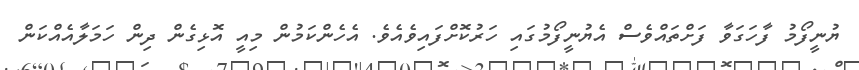
ޔުނީފޯމު ފާހަގަވާ ފަށްތައްވެސް އެޔުނީފޯމުގައި ހަރުކޮށްފައިވެއެވެ. އެހެންކަމުން މިއީ އޮޅިގެން ދިން ހަމަލާއެއްކަން